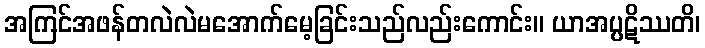
အကြင်အဖန်တလဲလဲမအောက်မေ့ခြင်းသည်လည်းကောင်း။ ယာအပ္ပဋိဿတိ၊